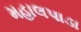
મહાલપાડા